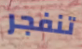
تنفجر